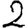
Digit: 2